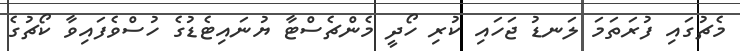
މެޗުގައި ފުރަތަމަ ލަނޑު ޖަހައި ކުރި ހޯދީ މެންޗެސްޓާ ޔުނައިޓެޑުގެ ހުސްވެފައިވާ ކޯޗުގެ